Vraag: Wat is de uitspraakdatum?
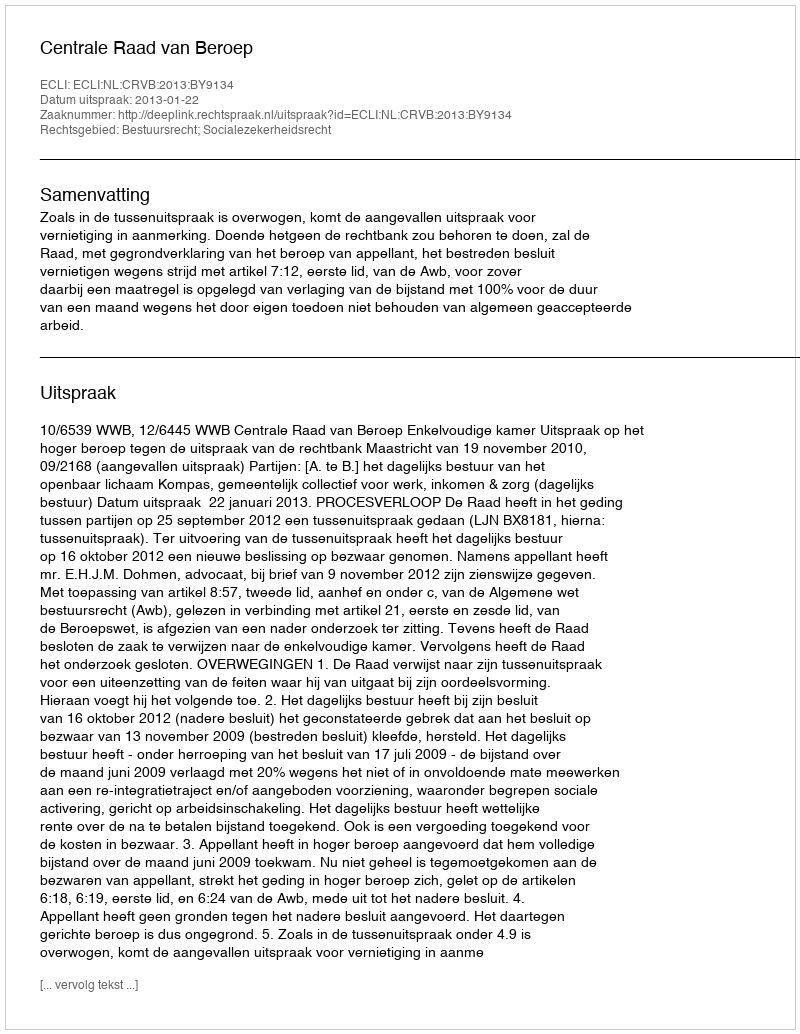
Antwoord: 2013-01-22